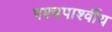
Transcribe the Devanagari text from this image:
पश्चपार्श्वीय